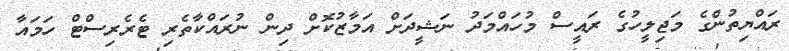
ރައްޔިތުންގެ މަޖިލީހުގެ ރައީސް މުހައްމަދު ނަޝީދަށް އަމާޒުކޮށް ދިން ނުރައްކާތެރި ޓެރެރިސްޓް ހަމައާ